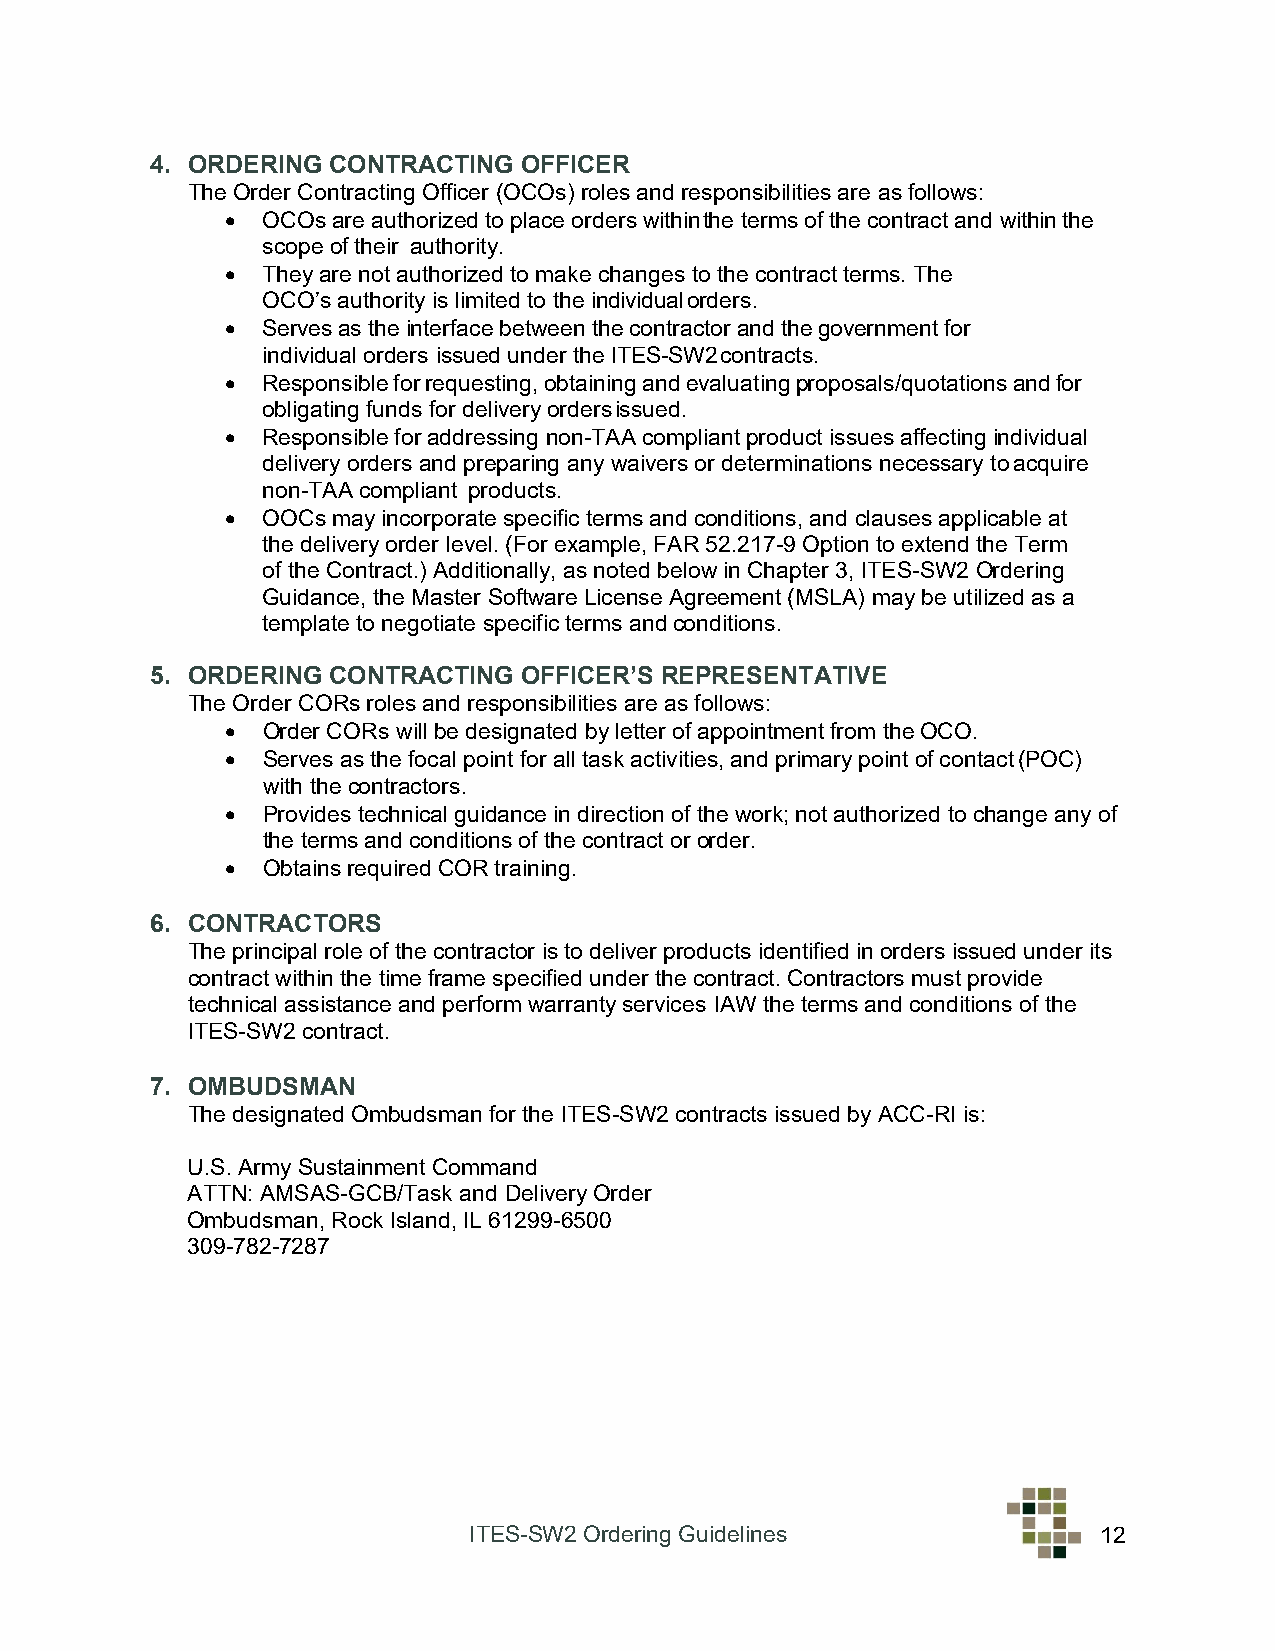
4. ORDERING CONTRACTING OFFICER
 The Order Contracting Officer (OCOs) roles and responsibilities are as follows:
 • OCOs are authorized to place orders within the terms of the contract and within the
 scope of their authority.
 • They are not authorized to make changes to the contract terms. The
 OCO’s authority is limited to the individual orders.
 • Serves as the interface between the contractor and the government for
 individual orders issued under the ITES-SW2 contracts.
 • Responsible for requesting, obtaining and evaluating proposals/quotations and for
 obligating funds for delivery orders issued.
 • Responsible for addressing non-TAA compliant product issues affecting individual
 delivery orders and preparing any waivers or determinations necessary to acquire
 non-TAA compliant products.
 • OOCs may incorporate specific terms and conditions, and clauses applicable at
 the delivery order level. (For example, FAR 52.217-9 Option to extend the Term
 of the Contract.) Additionally, as noted below in Chapter 3, ITES-SW2 Ordering
 Guidance, the Master Software License Agreement (MSLA) may be utilized as a
 template to negotiate specific terms and conditions.
 5. ORDERING CONTRACTING OFFICER’S REPRESENTATIVE
 The Order CORs roles and responsibilities are as follows:
 • Order CORs will be designated by letter of appointment from the OCO.
 • Serves as the focal point for all task activities, and primary point of contact (POC)
 with the contractors.
 • Provides technical guidance in direction of the work; not authorized to change any of
 the terms and conditions of the contract or order.
 • Obtains required COR training.
 6. CONTRACTORS
 The principal role of the contractor is to deliver products identified in orders issued under its
 contract within the time frame specified under the contract. Contractors must provide
 technical assistance and perform warranty services IAW the terms and conditions of the
 ITES-SW2 contract.
 7. OMBUDSMAN
 The designated Ombudsman for the ITES-SW2 contracts issued by ACC-RI is:
 U.S. Army Sustainment Command
 ATTN: AMSAS-GCB/Task and Delivery Order
 Ombudsman, Rock Island, IL 61299-6500
 309-782-7287
 ITES-SW2 Ordering Guidelines              12